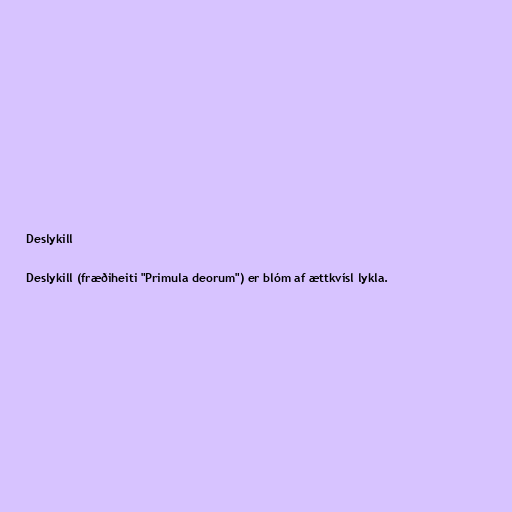
Deslykill

Deslykill (fræðiheiti "Primula deorum") er blóm af ættkvísl lykla.